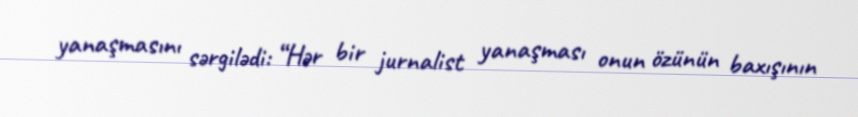
yanaşmasını sərgilədi: “Hər bir jurnalist yanaşması onun özünün baxışının